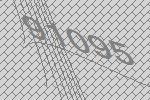
91095